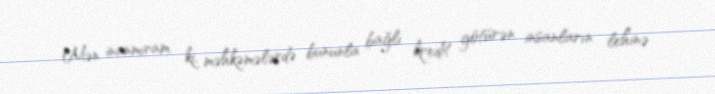
Mən inanmıram ki, məhkəmələrdə bununla bağlı kredit götürən insanların lehinə